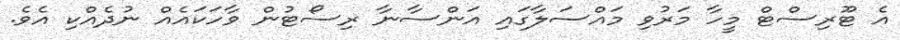
އެ ޓޫރިސްޓް މީހާ މަރުވި މައްސަލާގައި އަންސާނާ ރިސޯޓުން ވާހަކައެއް ނުދެއްކި އެވެ.